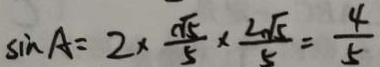
\sin A = 2 \times \frac { \sqrt { 5 } } { 5 } \times \frac { 2 \sqrt { 5 } } { 5 } = \frac { 4 } { 5 }